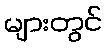
များတွင်